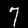
Label: 7